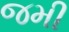
જમી